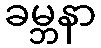
ခမ္ဘနာ